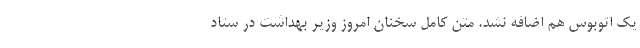
یک اتوبوس هم اضافه نشد. متن کامل سخنان امروز وزیر بهداشت در ستاد